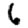
Digit: 6